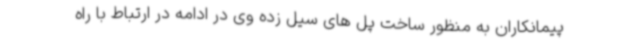
پیمانکاران به منظور ساخت پل های سیل زده وی در ادامه در ارتباط با راه